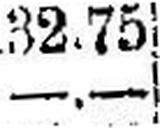
—.—